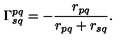
\Gamma _ { s q } ^ { p q } = - \frac { r _ { p q } } { r _ { p q } + r _ { s q } } .